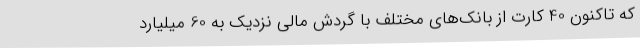
که تاکنون 40 کارت از بانک‌های مختلف با گردش مالی نزدیک به 60 میلیارد